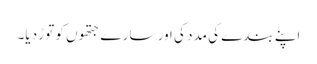
اپنے بندے کی مدد کی اور سارے جتھوں کو توڑ دیا۔